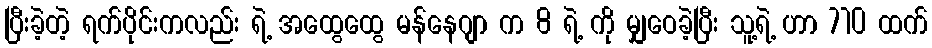
ပြီးခဲ့တဲ့ ရက်ပိုင်းကလည်း ရဲ့ အထွေထွေ မန်နေဂျာ က 8 ရဲ့ ကို မျှဝေခဲ့ပြီး သူ့ရဲ့ ဟာ 710 ထက်